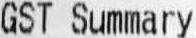
GST SUMMARY